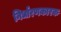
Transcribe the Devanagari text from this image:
निर्धारणकारक